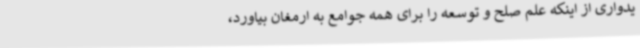
یدواری از اینکه علم صلح و توسعه را برای همه جوامع به ارمغان بیاورد،